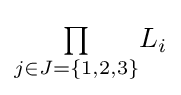
{\textstyle \prod \limits _{j\in J=\{1,2,3\}}}L_{i}